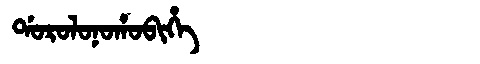
Manchu: ᡩᠣᡵᠣᠯᠣᠨᠣᡥᠣᠪᡳᡥᡝ
Romanization: DOROLONOHOBIHE